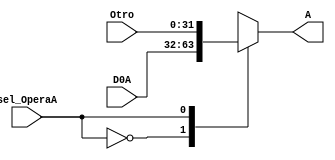
`timescale 1ns / 1ps
//////////////////////////////////////////////////////////////////////////////////
// Company: 
// Engineer: 
// 
// Design Name: 
// Module Name: Mux_OperaA
// Project Name: 
// Target Devices: 
// Tool Versions: 
// Description: 
// 
// Dependencies: 
// 
// Revision:
// Revision 0.01 - File Created
// Additional Comments:
// 
//////////////////////////////////////////////////////////////////////////////////


module Mux_OperaA(sel_OperaA,D0A,Otro,A);
input [31:0]D0A,Otro;
input sel_OperaA;
output reg [31:0]A;

always @(sel_OperaA or D0A or Otro or A)
      case(sel_OperaA)
      1'b0: A = D0A;
      1'b1: A = Otro;
       default: A=32'b0;
      endcase
endmodule